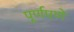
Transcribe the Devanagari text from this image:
पूूर्णपणे